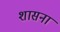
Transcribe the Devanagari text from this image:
शासना